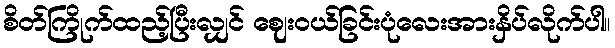
စိတ်ကြိုက်ထည့်ပြီးလျှင် ဈေးဝယ်ခြင်းပုံလေးအားနှိပ်လိုက်ပါ။